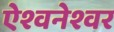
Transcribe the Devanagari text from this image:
ऐश्वनेश्वर